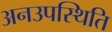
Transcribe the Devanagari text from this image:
अनउपस्थिति